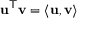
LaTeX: \mathbf { u } ^ { \mathsf { T } } \mathbf { v } = \langle \mathbf { u } , \mathbf { v } \rangle